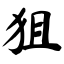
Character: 狙